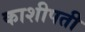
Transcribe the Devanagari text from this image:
काशीपती